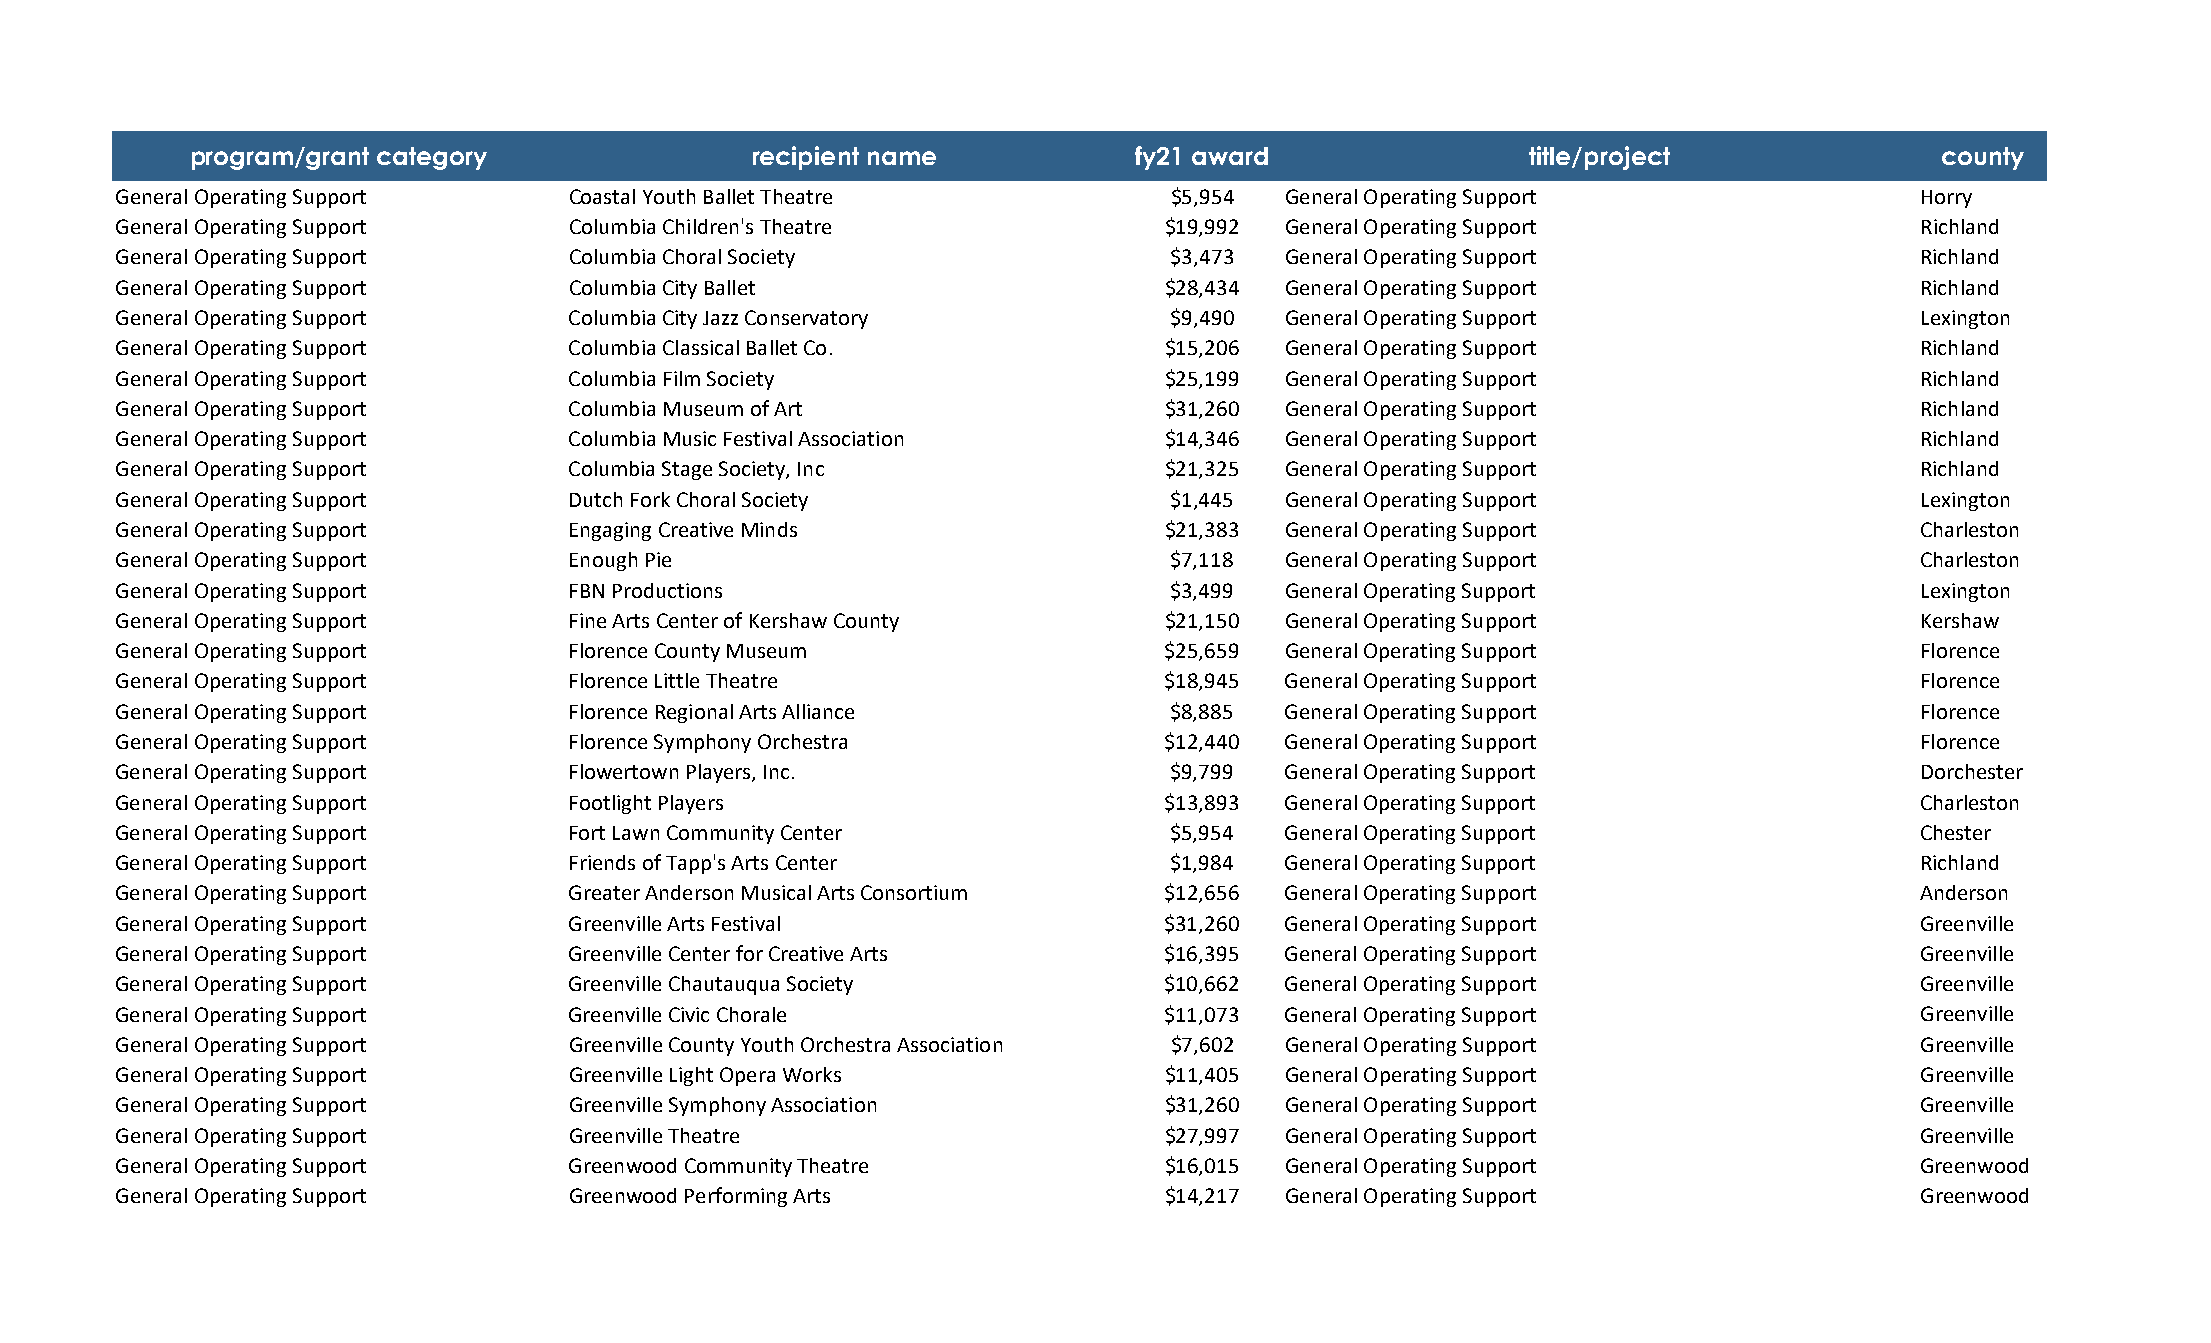
program/grant category               recipient name            fy21 award                title/project              county
 General Operating Support     Coastal Youth Ballet Theatre            $5,954  General Operating Support                 Horry
 General Operating Support     Columbia Children's Theatre             $19,992 General Operating Support                 Richland
 General Operating Support     Columbia Choral Society                 $3,473  General Operating Support                 Richland
 General Operating Support     Columbia City Ballet                    $28,434 General Operating Support                 Richland
 General Operating Support     Columbia City Jazz Conservatory         $9,490  General Operating Support                 Lexington
 General Operating Support     Columbia Classical Ballet Co.           $15,206 General Operating Support                 Richland
 General Operating Support     Columbia Film Society                   $25,199 General Operating Support                 Richland
 General Operating Support     Columbia Museum of Art                  $31,260 General Operating Support                 Richland
 General Operating Support     Columbia Music Festival Association     $14,346 General Operating Support                 Richland
 General Operating Support     Columbia Stage Society, Inc             $21,325 General Operating Support                 Richland
 General Operating Support     Dutch Fork Choral Society               $1,445  General Operating Support                 Lexington
 General Operating Support     Engaging Creative Minds                 $21,383 General Operating Support                 Charleston
 General Operating Support     Enough Pie                              $7,118  General Operating Support                 Charleston
 General Operating Support     FBN Productions                         $3,499  General Operating Support                 Lexington
 General Operating Support     Fine Arts Center of Kershaw County      $21,150 General Operating Support                 Kershaw
 General Operating Support     Florence County Museum                  $25,659 General Operating Support                 Florence
 General Operating Support     Florence Little Theatre                 $18,945 General Operating Support                 Florence
 General Operating Support     Florence Regional Arts Alliance         $8,885  General Operating Support                 Florence
 General Operating Support     Florence Symphony Orchestra             $12,440 General Operating Support                 Florence
 General Operating Support     Flowertown Players, Inc.                $9,799  General Operating Support                 Dorchester
 General Operating Support     Footlight Players                       $13,893 General Operating Support                 Charleston
 General Operating Support     Fort Lawn Community Center              $5,954  General Operating Support                 Chester
 General Operating Support     Friends of Tapp's Arts Center           $1,984  General Operating Support                 Richland
 General Operating Support     Greater Anderson Musical Arts Consortium $12,656 General Operating Support                Anderson
 General Operating Support     Greenville Arts Festival                $31,260 General Operating Support                 Greenville
 General Operating Support     Greenville Center for Creative Arts     $16,395 General Operating Support                 Greenville
 General Operating Support     Greenville Chautauqua Society           $10,662 General Operating Support                 Greenville
 General Operating Support     Greenville Civic Chorale                $11,073 General Operating Support                 Greenville
 General Operating Support     Greenville County Youth Orchestra Association $7,602 General Operating Support            Greenville
 General Operating Support     Greenville Light Opera Works            $11,405 General Operating Support                 Greenville
 General Operating Support     Greenville Symphony Association         $31,260 General Operating Support                 Greenville
 General Operating Support     Greenville Theatre                      $27,997 General Operating Support                 Greenville
 General Operating Support     Greenwood Community Theatre             $16,015 General Operating Support                 Greenwood
 General Operating Support     Greenwood Performing Arts               $14,217 General Operating Support                 Greenwood